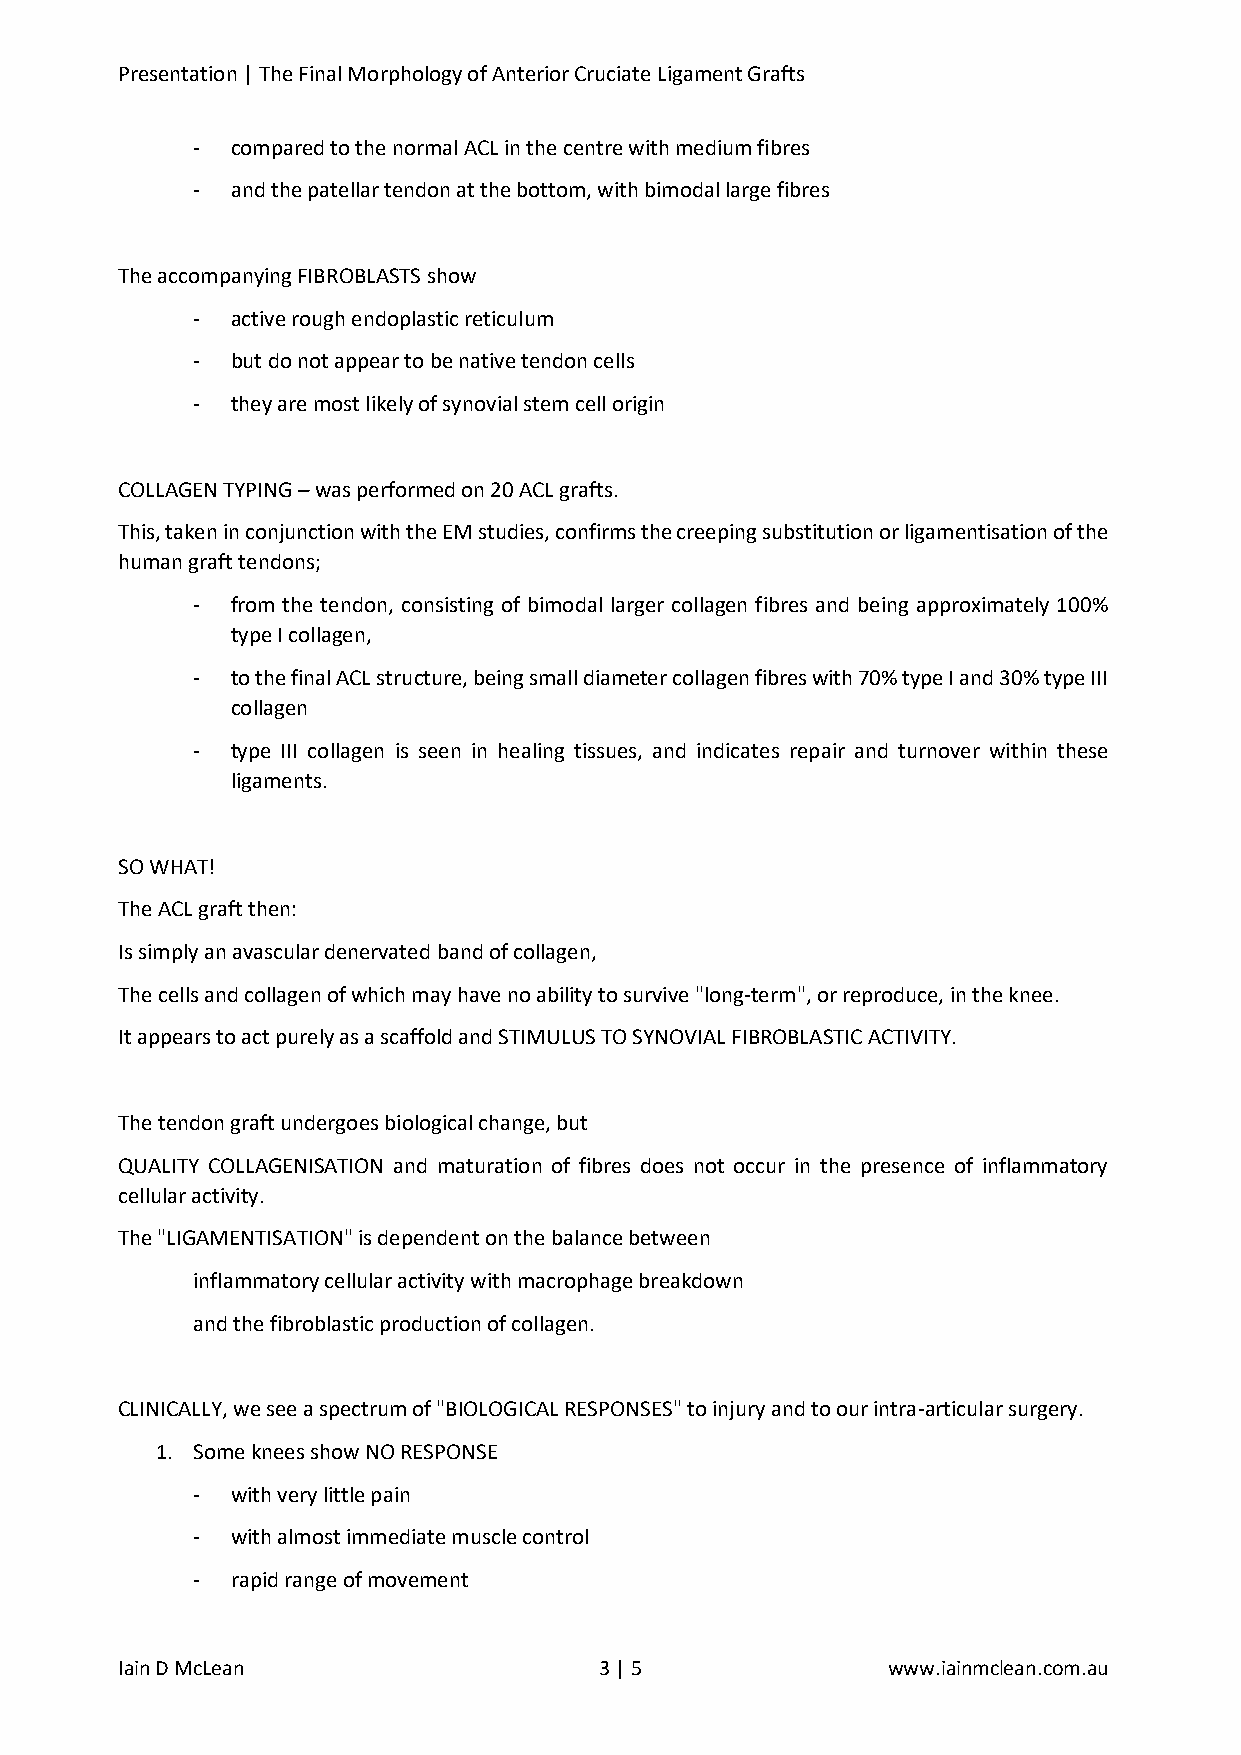
Presentation | The Final Morphology of Anterior Cruciate Ligament Grafts
 - compared to the normal ACL in the centre with medium fibres
 - and the patellar tendon at the bottom, with bimodal large fibres
 The accompanying FIBROBLASTS show
 - active rough endoplastic reticulum
 - but do not appear to be native tendon cells
 - they are most likely of synovial stem cell origin
 COLLAGEN TYPING – was performed on 20 ACL grafts.
 This, taken in conjunction with the EM studies, confirms the creeping substitution or ligamentisation of the
 human graft tendons;
 - from the tendon, consisting of bimodal larger collagen fibres and being approximately 100%
 type I collagen,
 - to the final ACL structure, being small diameter collagen fibres with 70% type I and 30% type III
 collagen
 - type III collagen is seen in healing tissues, and indicates repair and turnover within these
 ligaments.
 SO WHAT!
 The ACL graft then:
 Is simply an avascular denervated band of collagen,
 The cells and collagen of which may have no ability to survive "long-term", or reproduce, in the knee.
 It appears to act purely as a scaffold and STIMULUS TO SYNOVIAL FIBROBLASTIC ACTIVITY.
 The tendon graft undergoes biological change, but
 QUALITY COLLAGENISATION and maturation of fibres does not occur in the presence of inflammatory
 cellular activity.
 The "LIGAMENTISATION" is dependent on the balance between
 inflammatory cellular activity with macrophage breakdown
 and the fibroblastic production of collagen.
 CLINICALLY, we see a spectrum of "BIOLOGICAL RESPONSES" to injury and to our intra-articular surgery.
 1. Some knees show NO RESPONSE
 - with very little pain
 - with almost immediate muscle control
 - rapid range of movement
 Iain D McLean                   3 | 5              www.iainmclean.com.au